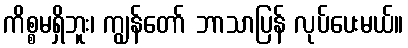
ကိစ္စမရှိဘူး၊ ကျွန်တော် ဘာသာပြန် လုပ်ပေးမယ်။